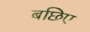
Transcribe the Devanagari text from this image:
बछिए